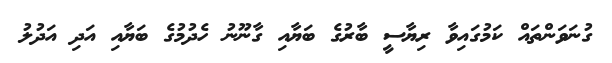
ގުނަވަންތައް ކަމުގައިވާ ރިޔާސީ ބާރުގެ ބަޔާއި ގާނޫނު ހެދުމުގެ ބަޔާއި އަދި އަދުލު